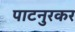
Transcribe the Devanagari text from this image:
पाटनुरकर